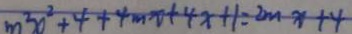
m ^ { 2 } x ^ { 2 } + 4 + 4 m x + 4 x + 1 = 2 m - x + 4